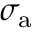
\sigma _ { \mathrm { a } }